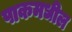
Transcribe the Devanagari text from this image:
पाकमधील